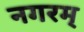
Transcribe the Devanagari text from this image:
नगरम्